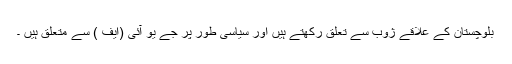
بلوچستان کے علاقے ژوب سے تعلق رکھتے ہیں اور سیاسی طور پر جے یو آئی (ایف ) سے متعلق ہیں ۔